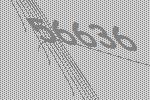
56636